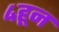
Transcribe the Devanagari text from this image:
४हून